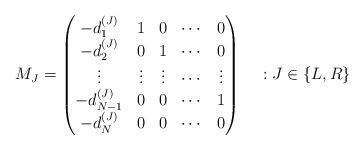
LaTeX: \begin{align*}M_J =\begin{pmatrix}- d^{(J)}_1 & 1 & 0 & \cdots & 0 \\- d^{(J)}_2 & 0 & 1 & \cdots & 0 \\\vdots & \vdots & \vdots & \cdots & \vdots \\- d^{(J)}_{N-1} & 0 & 0 & \cdots & 1 \\- d^{(J)}_N & 0 & 0 & \cdots & 0\end{pmatrix} ~~~ : J \in \left\lbrace L,R \right\rbrace\end{align*}